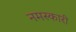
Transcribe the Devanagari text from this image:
नमस्कारी